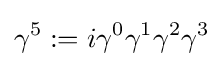
\gamma ^{5}:=i\gamma ^{0}\gamma ^{1}\gamma ^{2}\gamma ^{3}